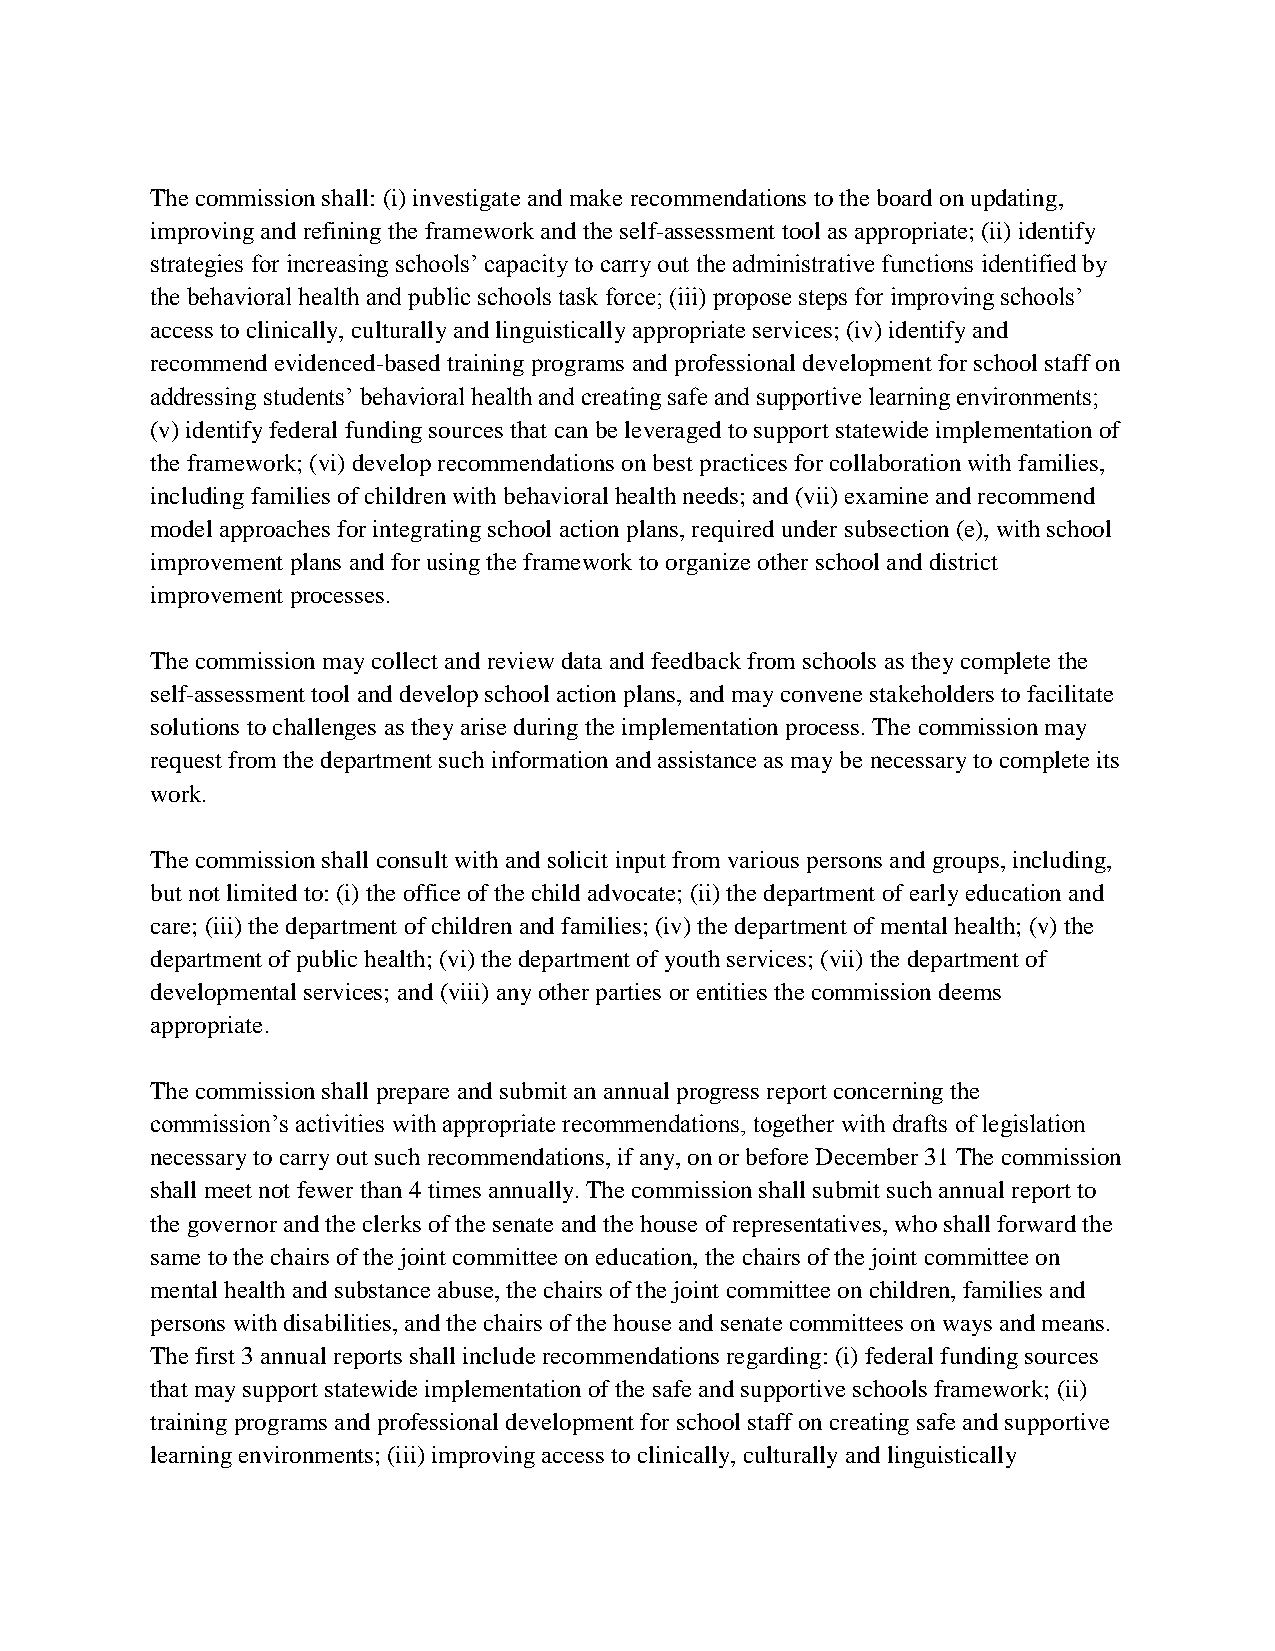
The commission shall: (i) investigate and make recommendations to the board on updating,
 improving and refining the framework and the self-assessment tool as appropriate; (ii) identify
 strategies for increasing schools’ capacity to carry out the administrative functions identified by
 the behavioral health and public schools task force; (iii) propose steps for improving schools’
 access to clinically, culturally and linguistically appropriate services; (iv) identify and
 recommend evidenced-based training programs and professional development for school staff on
 addressing students’ behavioral health and creating safe and supportive learning environments;
 (v) identify federal funding sources that can be leveraged to support statewide implementation of
 the framework; (vi) develop recommendations on best practices for collaboration with families,
 including families of children with behavioral health needs; and (vii) examine and recommend
 model approaches for integrating school action plans, required under subsection (e), with school
 improvement plans and for using the framework to organize other school and district
 improvement processes.
 The commission may collect and review data and feedback from schools as they complete the
 self-assessment tool and develop school action plans, and may convene stakeholders to facilitate
 solutions to challenges as they arise during the implementation process. The commission may
 request from the department such information and assistance as may be necessary to complete its
 work.
 The commission shall consult with and solicit input from various persons and groups, including,
 but not limited to: (i) the office of the child advocate; (ii) the department of early education and
 care; (iii) the department of children and families; (iv) the department of mental health; (v) the
 department of public health; (vi) the department of youth services; (vii) the department of
 developmental services; and (viii) any other parties or entities the commission deems
 appropriate.
 The commission shall prepare and submit an annual progress report concerning the
 commission’s activities with appropriate recommendations, together with drafts of legislation
 necessary to carry out such recommendations, if any, on or before December 31 The commission
 shall meet not fewer than 4 times annually. The commission shall submit such annual report to
 the governor and the clerks of the senate and the house of representatives, who shall forward the
 same to the chairs of the joint committee on education, the chairs of the joint committee on
 mental health and substance abuse, the chairs of the joint committee on children, families and
 persons with disabilities, and the chairs of the house and senate committees on ways and means.
 The first 3 annual reports shall include recommendations regarding: (i) federal funding sources
 that may support statewide implementation of the safe and supportive schools framework; (ii)
 training programs and professional development for school staff on creating safe and supportive
 learning environments; (iii) improving access to clinically, culturally and linguistically